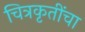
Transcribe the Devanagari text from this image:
चित्रकृतींचा